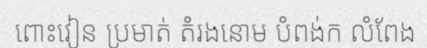
ពោះវៀន ប្រមាត់ តំរងនោម បំពង់ក លំពែង